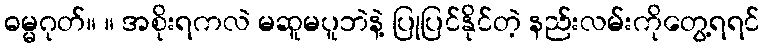
ဓမ္မဂုတ်။ ။ အစိုးရကလဲ မဆူမပူဘဲနဲ့ ပြုပြင်နိုင်တဲ့ နည်းလမ်းကိုတွေ့ရရင်